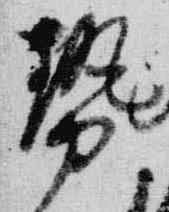
勢